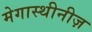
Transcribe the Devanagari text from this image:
मेगास्थीनीज़